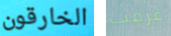
الخارقون عرفت